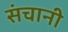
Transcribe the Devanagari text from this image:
संचानी